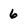
Character: 6